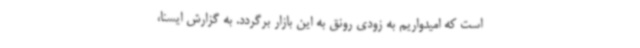
است که امیدواریم به زودی رونق به این بازار برگردد. به گزارش ایسنا،